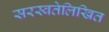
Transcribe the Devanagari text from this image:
सरस्वतेलिखित